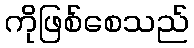
ကိုဖြစ်စေသည်